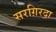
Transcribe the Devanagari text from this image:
सरग़िरदा